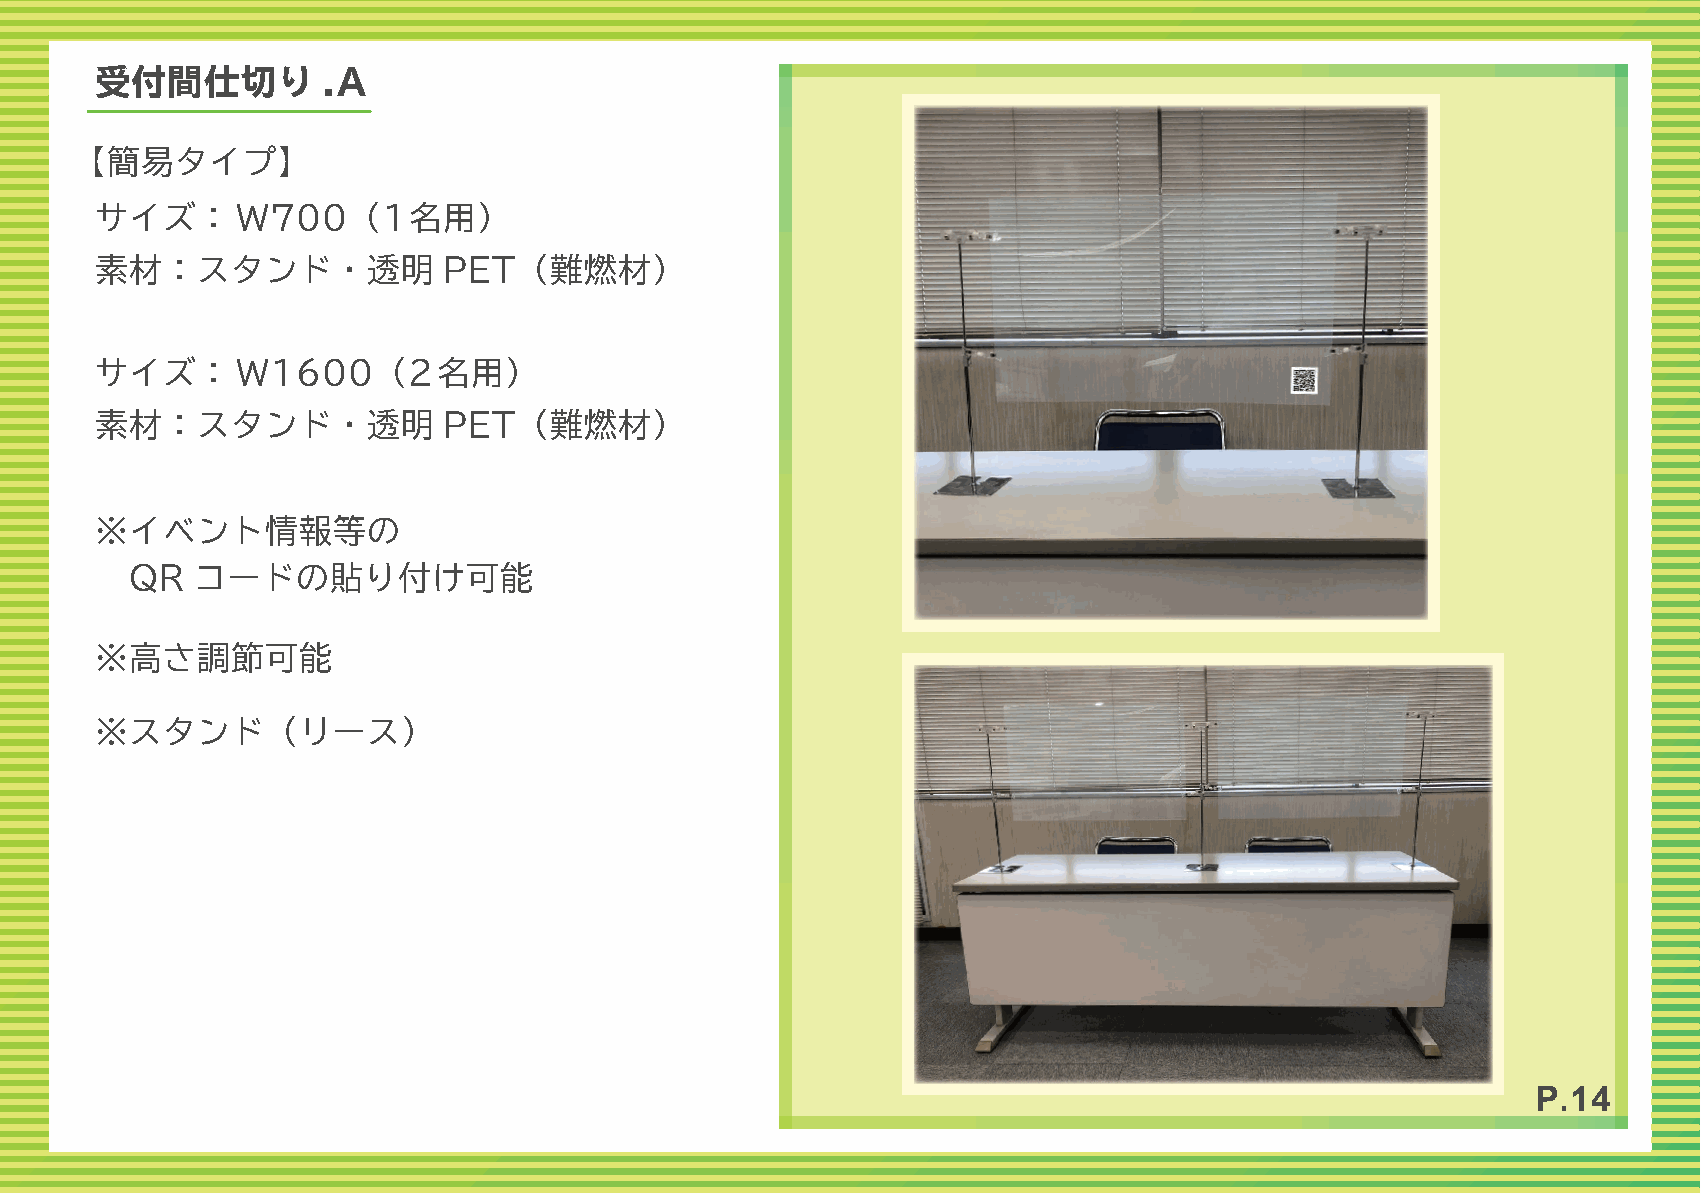
受付間仕切り         .A
 【簡易タイプ】
 サイズ：      Ｗ700（1名用）
 素材：スタンド・透明             PET（難燃材）
 サイズ：      Ｗ1600（2名用）
 素材：スタンド・透明             PET（難燃材）
 ※イベント情報等の
 QR  コードの貼り付け可能
 ※高さ調節可能
 ※スタンド（リース）
 P.14